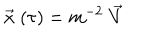
LaTeX: \stackrel { \rightarrow } { x } ( \tau ) = m ^ { - 2 } \stackrel { \rightarrow } { V }